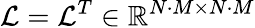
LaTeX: \mathcal{L}=\mathcal{L}^{T}\in\mathbb{R}^{N\cdot M\times N\cdot M}